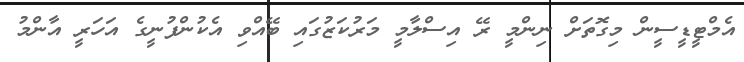
އެމްޓީޑީސީން މިގޮތަށް ނިންމީ ރޭ އިސްލާމީ މަރުކަޒުގައި ބޭއްވި އެކުންފުނީގެ އަހަރީ އާންމު